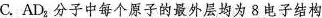
C.AD{ 2 } 分子中每个原子的最外层均为8电子结构